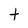
Character: t